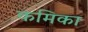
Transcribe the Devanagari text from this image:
कमिका